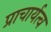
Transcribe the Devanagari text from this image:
प्राचार्यत्व